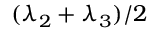
( \lambda _ { 2 } + \lambda _ { 3 } ) / 2